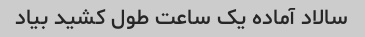
سالاد آماده یک ساعت طول کشید بیاد